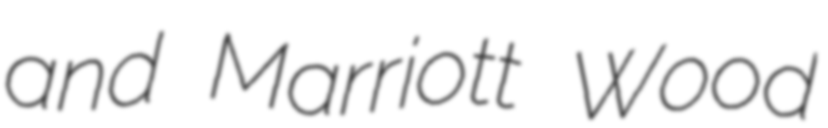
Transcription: and Marriott Wood